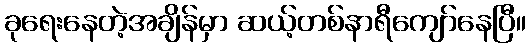
ခုရေးနေတဲ့အချိန်မှာ ဆယ့်တစ်နာရီကျော်နေပြီ။